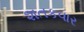
શતકવાર